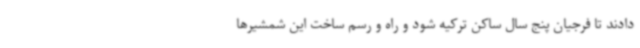
دادند تا فرجیان پنج سال ساکن ترکیه شود و راه و رسم ساخت این شمشیرها